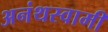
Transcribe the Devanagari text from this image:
अनंथस्वामी